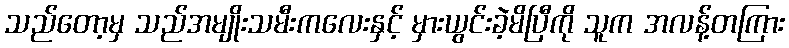
သည်တော့မှ သည်အမျိုးသမီးကလေးနှင့် မှားယွင်းခဲ့မိပြီကို သူက အလန့်တကြား